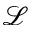
\mathcal { L }